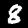
Digit: 8